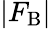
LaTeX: \vert F_{\mathrm{B}}\vert